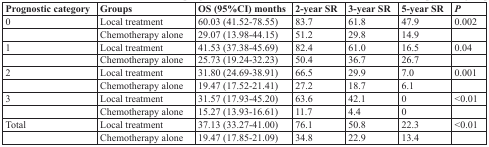
| Prognostic category | Groups | OS (95%CI) months | 2-year SR | 3-year SR | 5-year SR | P |
 | --- | --- | --- | --- | --- | --- | --- |
 | 0 | Local treatment | 60.03 (41.52-78.55) | 83.7 | 61.8 | 47.9 | 0.002 |
 |  | Chemotherapy alone | 29.07 (13.98-44.15) | 51.2 | 29.8 | 14.9 |  |
 | 1 | Local treatment | 41.53 (37.38-45.69) | 82.4 | 61.0 | 16.5 | 0.04 |
 |  | Chemotherapy alone | 25.73 (19.24-32.23) | 50.4 | 36.7 | 26.7 |  |
 | 2 | Local treatment | 31.80 (24.69-38.91) | 66.5 | 29.9 | 7.0 | 0.001 |
 |  | Chemotherapy alone | 19.47 (17.52-21.41) | 27.2 | 18.7 | 6.1 |  |
 | 3 | Local treatment | 31.57 (17.93-45.20) | 63.6 | 42.1 | 0 | <0.01 |
 |  | Chemotherapy alone | 15.27 (13.93-16.61) | 11.7 | 4.4 | 0 |  |
 | Total | Local treatment | 37.13 (33.27-41.00) | 76.1 | 50.8 | 22.3 | <0.01 |
 |  | Chemotherapy alone | 19.47 (17.85-21.09) | 34.8 | 22.9 | 13.4 |  |